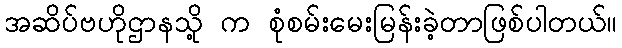
အဆိပ်ဗဟိုဌာနသို့ က စုံစမ်းမေးမြန်းခဲ့တာဖြစ်ပါတယ်။